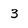
Character: 3